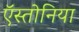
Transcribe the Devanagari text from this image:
ऍस्तोनिया